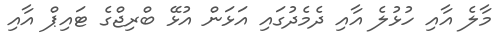
މާލެ އާއި ހުޅުލެ އާއި ދެމެދުގައި އަޅަން އުޅޭ ބްރިޖްގެ ޓައިޕް އާއި